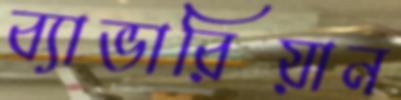
ব্যাভারিয়ান